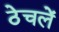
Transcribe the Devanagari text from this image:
ठेचलें